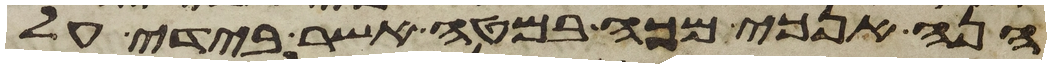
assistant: הנה אנכי מכה במטה אשר בידי על